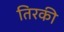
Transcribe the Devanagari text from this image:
तिरकी